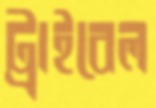
ট্রাইবেল